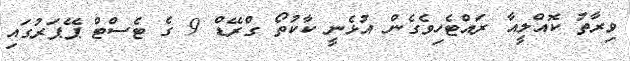
ވިރާތު ކޮއްލީއާ ރައްޓެހިވެގެން އުޅެނީ ކާކުތޯ ގްރޭޑް 9 ގެ ޓެސްޓް ޕޭޕަރުގައި